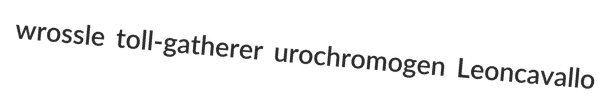
wrossle toll-gatherer urochromogen Leoncavallo